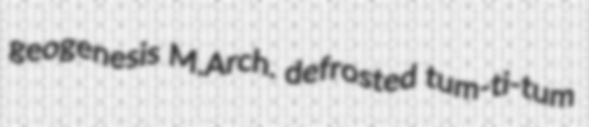
geogenesis M.Arch. defrosted tum-ti-tum